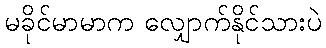
မခိုင်မာမာက လျှောက်နိုင်သားပဲ